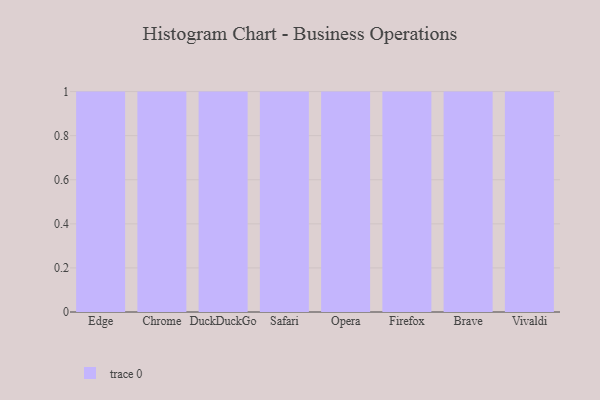
{"axis": {"x": "Browser", "y": "Revenue (USD Million)"}, "legend": [""], "data": [{"x": "Edge", "y": 86, "type": ""}, {"x": "Chrome", "y": 87, "type": ""}, {"x": "DuckDuckGo", "y": 45, "type": ""}, {"x": "Safari", "y": 48, "type": ""}, {"x": "Opera", "y": 5, "type": ""}, {"x": "Firefox", "y": 78, "type": ""}, {"x": "Brave", "y": 48, "type": ""}, {"x": "Vivaldi", "y": 57, "type": ""}]}